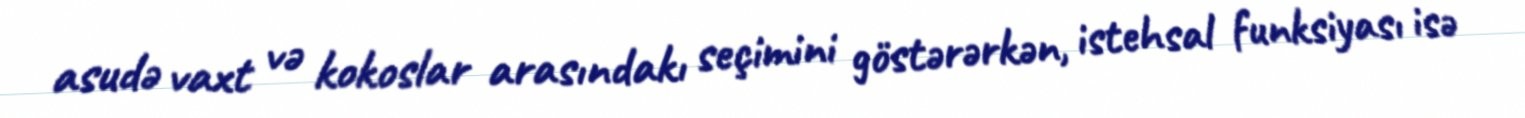
asudə vaxt və kokoslar arasındakı seçimini göstərərkən, istehsal funksiyası isə